Problem: 15 + 42 = ?
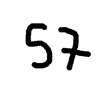
Handwritten answer: 57